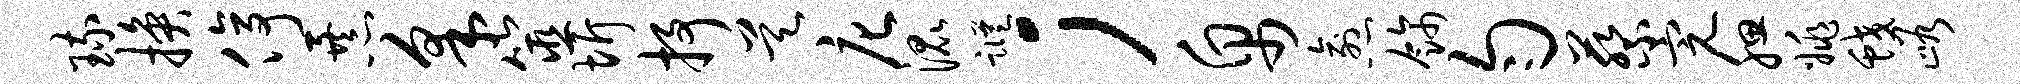
琉换停暴采筮圻抒昊庀混踪；帛愈饰匀蔡完腮姚蛟峪